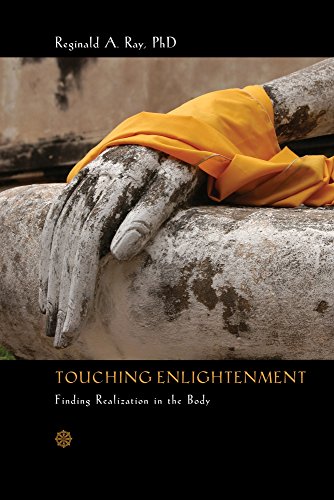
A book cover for Touching Enlightenment: Finding Realization in the Body; Reginald A. Ray  PhD; Religion & Spirituality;